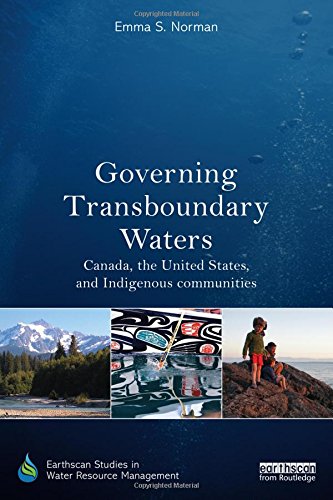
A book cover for Governing Transboundary Waters: Canada, the United States, and Indigenous Communities (Earthscan Studies in Water Resource Management); Emma S. Norman; Science & Math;